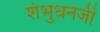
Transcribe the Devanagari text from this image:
शंभुधनजी